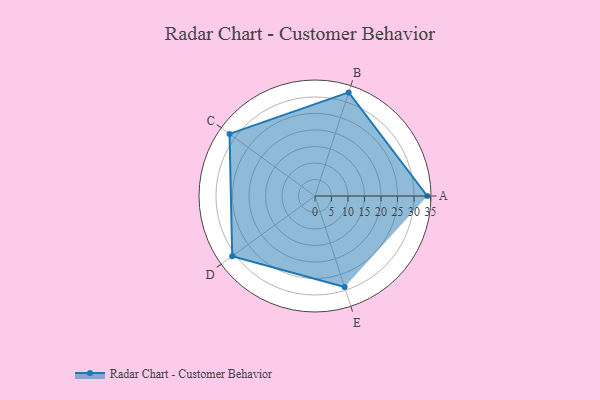
{"axis": {"x": "Skill", "y": "Score"}, "legend": ["Profile"], "data": [{"x": "A", "y": 34.0, "type": "Profile"}, {"x": "B", "y": 33.0, "type": "Profile"}, {"x": "C", "y": 32.0, "type": "Profile"}, {"x": "D", "y": 31.0, "type": "Profile"}, {"x": "E", "y": 29.0, "type": "Profile"}]}